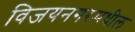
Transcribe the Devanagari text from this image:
विजयनगरमधील